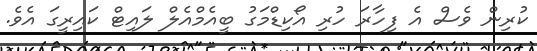
ކުރިން ވެސް އެ ފިހާރަ ހުރި އޯކިޑްމަގު ބީއެމްއެލް ލައިޓް ކައިރީގަ އެވެ.